Report of the Indian Hemp Drugs Commission, 1894-1895 - Volume IV
Year: 1894
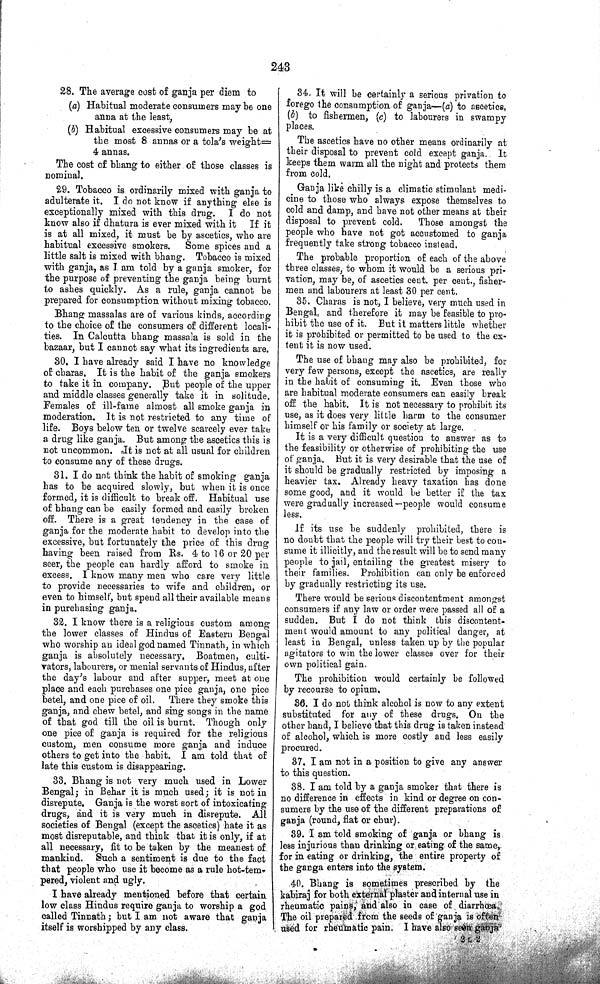
243
28. The average cost of ganja per diem to
(a) Habitual moderate consumers may be one
anna at the least,
(b) Habitual excessive consumers may be at
the most 8 annas or a tola's weight=
4 annas.
The cost of bhang to either of those classes is
nominal.
29. Tobacco is ordinarily mixed with ganja to
adulterate it. I do not know if anything else is
exceptionally mixed with this drug. I do not
know also if dhatura is ever mixed with it
If it
is at all mixed, it must be by ascetics, who are
habitual excessive smokers.
Some spices and a
little salt is mixed with bhang. Tobacco is mixed
with ganja, as I am told by a ganja smoker, for
the purpose of preventing the ganja being burnt
to ashes quickly. As a rule, ganja cannot be
prepared for consumption without mixing tobacco.
Bhang massalas are of various kinds, according
to the choice of the consumers of different locali-
ties. In Calcutta bhang massala is sold in the
bazaar, but I cannot say what its ingredients are.
30. I have already said I have no knowledge
of charas. It is the habit of the ganja smokers
to take it in company. But people of the upper
and middle classes generally take it in solitude.
Females of ill-fame almost all smoke ganja in
moderation. It is not restricted to any time of
life. Boys below ten or twelve scarcely ever take
a drug like ganja. But among the ascetics this is
not uncommon. It is not at all usual for children
to consume any of these drugs.
31. I do not think the habit of smoking ganja
has to be acquired slowly, but when it is once
formed, it is difficult to break off. Habitual use
of bhang can be easily formed and easily broken
off. There is a great tendency in the case of
ganja for the moderate habit to develop into the
excessive, but fortunately the price of this drug
having been raised from Rs. 4 to 16 or 20 per
seer, the people can hardly afford to smoke in
excess. I know many men who care very little
to provide necessaries to wife and children, or
even to himself, but spend all their available means
in purchasing ganja.
32. I know there is a religious custom among
the lower classes of Hindus of Eastern Bengal
who worship an ideal god named Tinnath, in which
ganja is absolutely necessary. Boatmen, culti-
vators, labourers, or menial servants of Hindus, after
the day's labour and after supper, meet at one
place and each purchases one pice ganja, one pice
betel, and one pice of oil. There they smoke this
ganja, and chew betel, and sing songs in the name
of that god till the oil is burnt. Though only
one pice of ganja is required for the religious
custom, men consume more ganja and induce
others to get into the habit. I am told that of
late this custom is disappearing.
33. Bhang is not very much used in Lower
Bengal; in Behar it is much used; it is not in
disrepute. Ganja is the worst sort of intoxicating
drugs, and it is very much in disrepute. All
societies of Bengal (except the ascetics) hate it as
most disreputable, and think that it is only, if at
all necessary, fit to be taken by the meanest of
mankind. Such a sentiment is due to the fact
that people who use it become as a rule hot-tem-
pered, violent and ugly.
I have already mentioned before that certain
low class Hindus require ganja to worship a god
called Tinnath; but I am not aware that ganja
itself is worshipped by any class.
34. It will be certainly a serious privation to
forego the consumption of ganja—(a) to ascetics,
(b) to fishermen, (c) to labourers in swampy
places.
The ascetics have no other means ordinarily at
their disposal to prevent cold except ganja. It
keeps them warm all the night and protects them
from cold.
Ganja like chilly is a climatic stimulant medi-
cine to those who always expose themselves to
cold and damp, and have not other means at their
disposal to prevent cold.
Those amongst the
people who have not got accustomed to ganja
frequently take strong tobacco instead.
The probable proportion of each of the above
three classes, to whom it would be a serious pri-
vation, may be, of ascetics cent. per cent., fisher-
men and labourers at least 30 per cent.
35. Charas is not, I believe, very much used in
Bengal, and therefore it may be feasible to pro-
hibit the use of it. But it matters little whether
it is prohibited or permitted to be used to the ex-
tent it is now used.
The use of bhang may also be prohibited, for
very few persons, except the ascetics, are really
in the habit of consuming it. Even those who
are habitual moderate consumers can easily break
off the habit. It is not necessary to prohibit its
use, as it does very little harm to the consumer
himself or his family or society at large.
It is a very difficult question to answer as to
the feasibility or otherwise of prohibiting the use
of ganja. But it is very desirable that the use of
it should be gradually restricted by imposing a
heavier tax. Already heavy taxation has done
some good, and it would be better if the tax
were gradually increased—people would consume
less.
If its use be suddenly prohibited, there is
no doubt that the people will try their best to con-
sume it illicitly, and the result will be to send many
people to jail, entailing the greatest misery to
their families. Prohibition can only be enforced
by gradually restricting its use.
There would be serious discontentment amongst
consumers if any law or order were passed all of a
sudden. But I do not think this discontent-
ment would amount to any political danger, at
least in Bengal, unless taken up by the popular
agitators to win the lower classes over for their
own political gain.
The prohibition would certainly be followed
by recourse to opium.
36. I do not think alcohol is now to any extent
substituted for any of these drugs. On the
other hand, I believe that this drug is taken instead
of alcohol, which is more costly and less easily
procured.
37. I am not in a position to give any answer
to this question.
38. I am told by a ganja smoker that there is
no difference in effects in kind or degree on con-
sumers by the use of the different preparations of
ganja (round, flat or chur).
39. I am told smoking of ganja or bhang is
less injurious than drinking or eating of the same,
for in eating or drinking, the entire property of
the ganga enters into the system.
40. Bhang is sometimes prescribed by the
kabiraj for both external plaster and internal use in
rheumatic pains, and also in case of diarrhœa.
The oil prepared from the seeds of ganja is often
used for rheumatic pain. I have also seen ganja
2 L 2